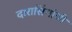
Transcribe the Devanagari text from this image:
दारासिंगांची